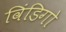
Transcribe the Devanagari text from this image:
विंडिगो